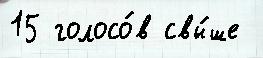
15 голосо́в свы́ше